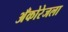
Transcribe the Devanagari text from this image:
अँकोरेजला